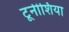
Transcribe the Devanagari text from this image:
टूनीशिया